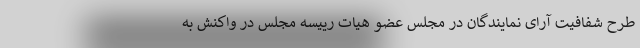
طرح شفافیت آرای نمایندگان در مجلس عضو هیات رییسه مجلس در واکنش به